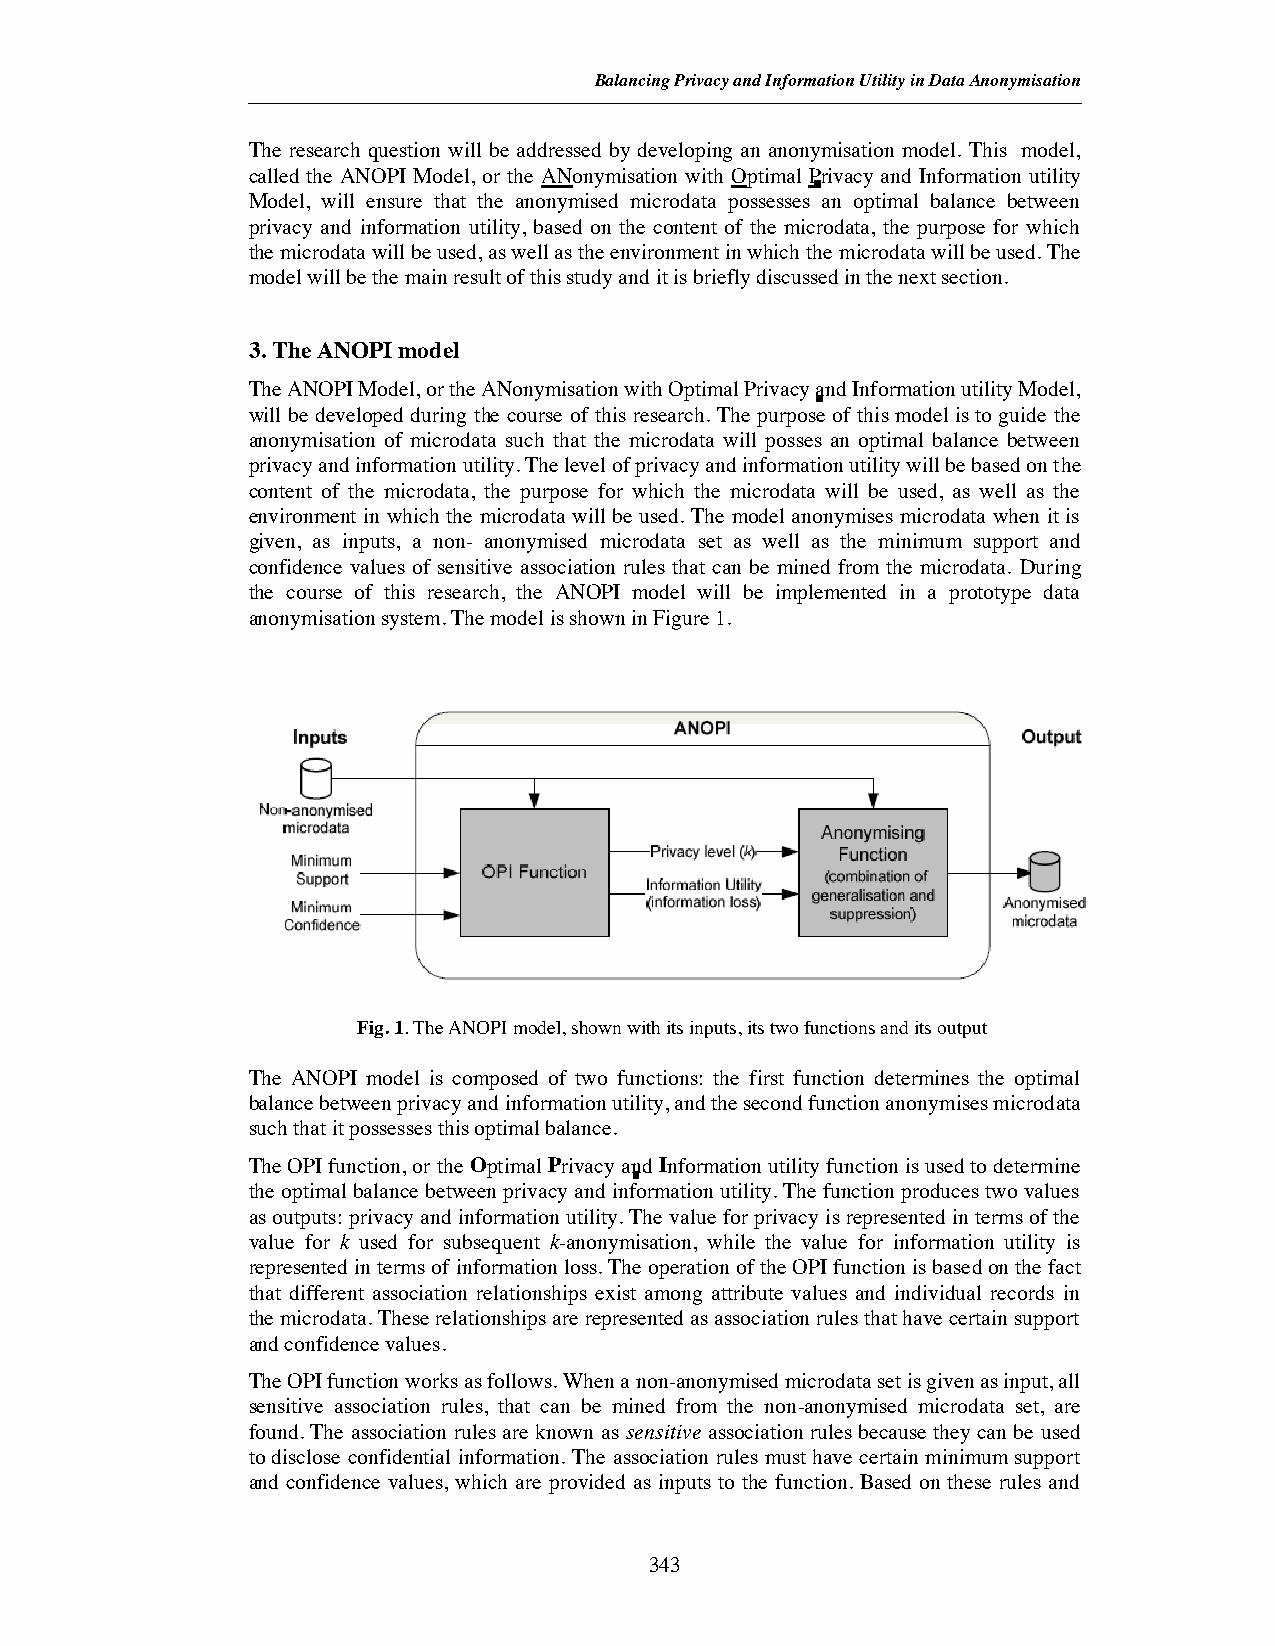
Balancing Privacy and Information Utility in DataAnonymisation
 The research question will be addressed by developing an anonymisation model. This model,
 called the ANOPI Model, or the ANonymisation with Optimal Privacy and Information utility
 Model, will ensure that the anonymised microdata possesses an optimal balance between
 privacy and information utility, based on the content of the microdata, the purpose for which
 the microdata will be used, as well as the environment in which the microdata will be used. The
 model will be the main result of this study and it is briefly discussed in the next section.
 3. The ANOPI model
 The ANOPI Model, or the ANonymisation with Optimal Privacy and Information utility Model,
 will be developed during the course of this research. The purpose of this model is to guide the
 anonymisation of microdata such that the microdata will posses an optimal balance between
 privacy and information utility. The level of privacy and information utility will be based on the
 content of the microdata, the purpose for which the microdata will be used, as well as the
 environment in which the microdata will be used. The model anonymises microdata when it is
 given, as inputs, a non- anonymised microdata set as well as the minimum support and
 confidence values of sensitive association rules that can be mined from the microdata. During
 the course of this research, the ANOPI model will be implemented in a prototype data
 anonymisation system. The model is shown in Figure 1.
 Fig. 1. The ANOPI model, shown with its inputs, its two functions and its output
 The ANOPI model is composed of two functions: the first function determines the optimal
 balance between privacy and information utility, and the second function anonymises microdata
 such that it possesses this optimal balance.
 The OPI function, or the Optimal Privacy andInformation utility function is used to determine
 the optimal balance between privacy and information utility. The function produces two values
 as outputs: privacy and information utility. The value for privacy is represented in terms of the
 value for k used for subsequent k-anonymisation, while the value for information utility is
 represented in terms of information loss. The operation of the OPI function is based on the fact
 that different association relationships exist among attribute values and individual records in
 the microdata. These relationships are represented as association rules that have certain support
 and confidence values.
 The OPI function works as follows. When a non-anonymised microdata set is given as input, all
 sensitive association rules, that can be mined from the non-anonymised microdata set, are
 found. The association rules are known as sensitive association rules because they can be used
 to disclose confidential information. The association rules must have certain minimum support
 and confidence values, which are provided as inputs to the function. Based on these rules and
 343